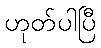
ဟုတ်ပါပြီ